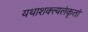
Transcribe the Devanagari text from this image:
यथाशक्त्यलंकृतां